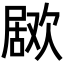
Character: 𣤅